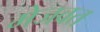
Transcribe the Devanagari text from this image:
मेजवत